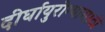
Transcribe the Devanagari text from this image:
दीर्घायुरोग्यासाठी